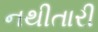
નથીતારી